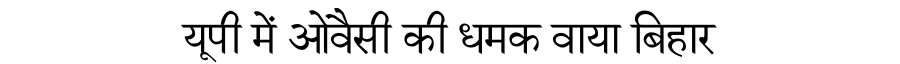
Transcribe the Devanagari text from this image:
यूपी में ओवैसी की धमक वाया बिहार